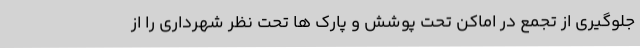
جلوگیری از تجمع در اماکن تحت پوشش و پارک ها تحت نظر شهرداری را از